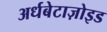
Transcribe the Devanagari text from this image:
अर्धबेटाज़ोइड